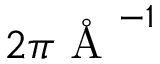
2 \pi \mathrm { ~ \AA ~ } ^ { - 1 }